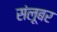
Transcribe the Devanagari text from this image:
संलूबर